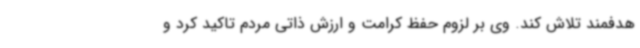
هدفمند تلاش کند. وی بر لزوم حفظ کرامت و ارزش ذاتی مردم تاکید کرد و